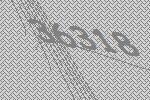
36318